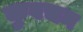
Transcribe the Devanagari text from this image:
कुवचन